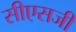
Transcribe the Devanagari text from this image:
सीएसजी